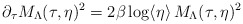
\begin{align*}\partial_\tau M_\Lambda(\tau,\eta)^2 = 2\beta \log\langle \eta \rangle \, M_\Lambda(\tau,\eta)^2\end{align*}